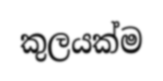
කුලයක්ම